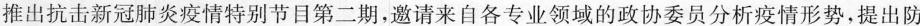
推出抗击新冠肺炎疫情特别节目第二期，邀请来自各专业领域的政协委员分析疫情形势，提出防